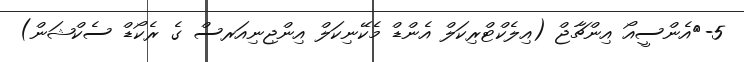
5-	އެންސީއޯ އިންޗާޖް (އިލެކްޓްރިކަލް އެންޑް މެކޭނިކަލް އިންޖިނިއަރސް ގެ ރެކޯޑް ސެކްޝަން)